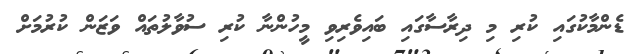
ޑެންމާކުގައި ކުރި މި ދިރާސާގައި ބައިވެރިވި މީހުންނާ ކުރި ސުވާލުތައް ވަޒަން ކުރުމަށް